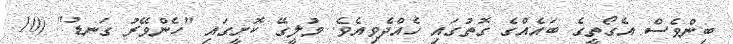
ބިންވެސް އެގޯތީގެ ބައެއްގެ ގޮތުގައި ހެއްދެވިއެވެ. މުލީގޭ ކޮށީގައި "ހެންވޭރު ގަނޑު" (10